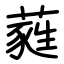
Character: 蕤